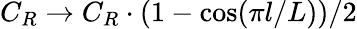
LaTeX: C_{R}\rightarrow C_{R}\cdot(1-\cos(\pi l/L))/2